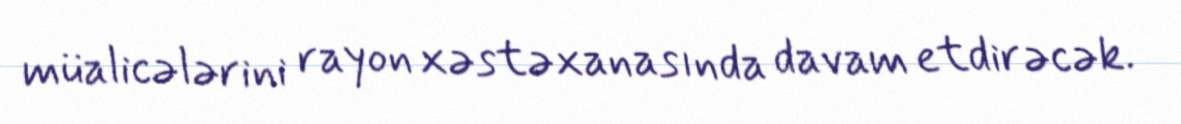
müalicələrini rayon xəstəxanasında davam etdirəcək.